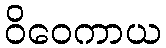
ဝိဝေကာယ